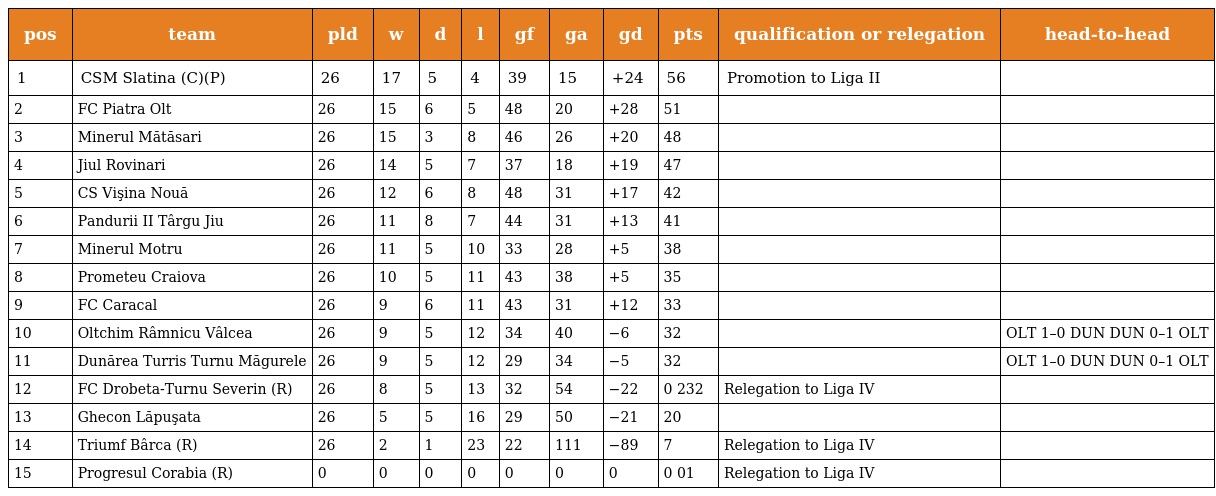
| pos | team | pld | w | d | l | gf | ga | gd | pts | qualification or relegation | head-to-head |
 | --- | --- | --- | --- | --- | --- | --- | --- | --- | --- | --- | --- |
 | 1 | CSM Slatina (C)(P) | 26 | 17 | 5 | 4 | 39 | 15 | +24 | 56 | Promotion to Liga II |  |
 | 2 | FC Piatra Olt | 26 | 15 | 6 | 5 | 48 | 20 | +28 | 51 |  |  |
 | 3 | Minerul Mătăsari | 26 | 15 | 3 | 8 | 46 | 26 | +20 | 48 |  |  |
 | 4 | Jiul Rovinari | 26 | 14 | 5 | 7 | 37 | 18 | +19 | 47 |  |  |
 | 5 | CS Vişina Nouă | 26 | 12 | 6 | 8 | 48 | 31 | +17 | 42 |  |  |
 | 6 | Pandurii II Târgu Jiu | 26 | 11 | 8 | 7 | 44 | 31 | +13 | 41 |  |  |
 | 7 | Minerul Motru | 26 | 11 | 5 | 10 | 33 | 28 | +5 | 38 |  |  |
 | 8 | Prometeu Craiova | 26 | 10 | 5 | 11 | 43 | 38 | +5 | 35 |  |  |
 | 9 | FC Caracal | 26 | 9 | 6 | 11 | 43 | 31 | +12 | 33 |  |  |
 | 10 | Oltchim Râmnicu Vâlcea | 26 | 9 | 5 | 12 | 34 | 40 | −6 | 32 |  | OLT 1–0 DUN DUN 0–1 OLT |
 | 11 | Dunărea Turris Turnu Măgurele | 26 | 9 | 5 | 12 | 29 | 34 | −5 | 32 |  | OLT 1–0 DUN DUN 0–1 OLT |
 | 12 | FC Drobeta-Turnu Severin (R) | 26 | 8 | 5 | 13 | 32 | 54 | −22 | 0 232 | Relegation to Liga IV |  |
 | 13 | Ghecon Lăpuşata | 26 | 5 | 5 | 16 | 29 | 50 | −21 | 20 |  |  |
 | 14 | Triumf Bârca (R) | 26 | 2 | 1 | 23 | 22 | 111 | −89 | 7 | Relegation to Liga IV |  |
 | 15 | Progresul Corabia (R) | 0 | 0 | 0 | 0 | 0 | 0 | 0 | 0 01 | Relegation to Liga IV |  |